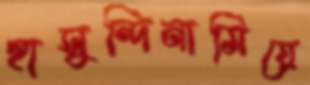
হাসুন্দিনামিয়ে